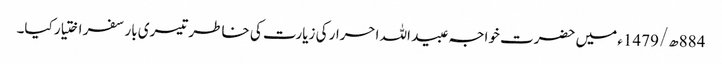
884ھ/1479ء میں حضرت خواجہ عبید اللہ احرار کی زیارت کی خاطر تیسری بار سفر اختیار کیا۔